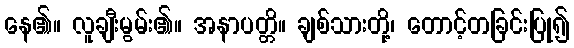
နေ၏။ လူချီးမွမ်း၏။ အနာပတ္တိ။ ချစ်သားတို့၊ တောင့်တခြင်းပြု၍